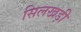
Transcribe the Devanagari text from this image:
सिलखड़ी